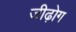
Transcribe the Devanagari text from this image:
जीढ़ोग